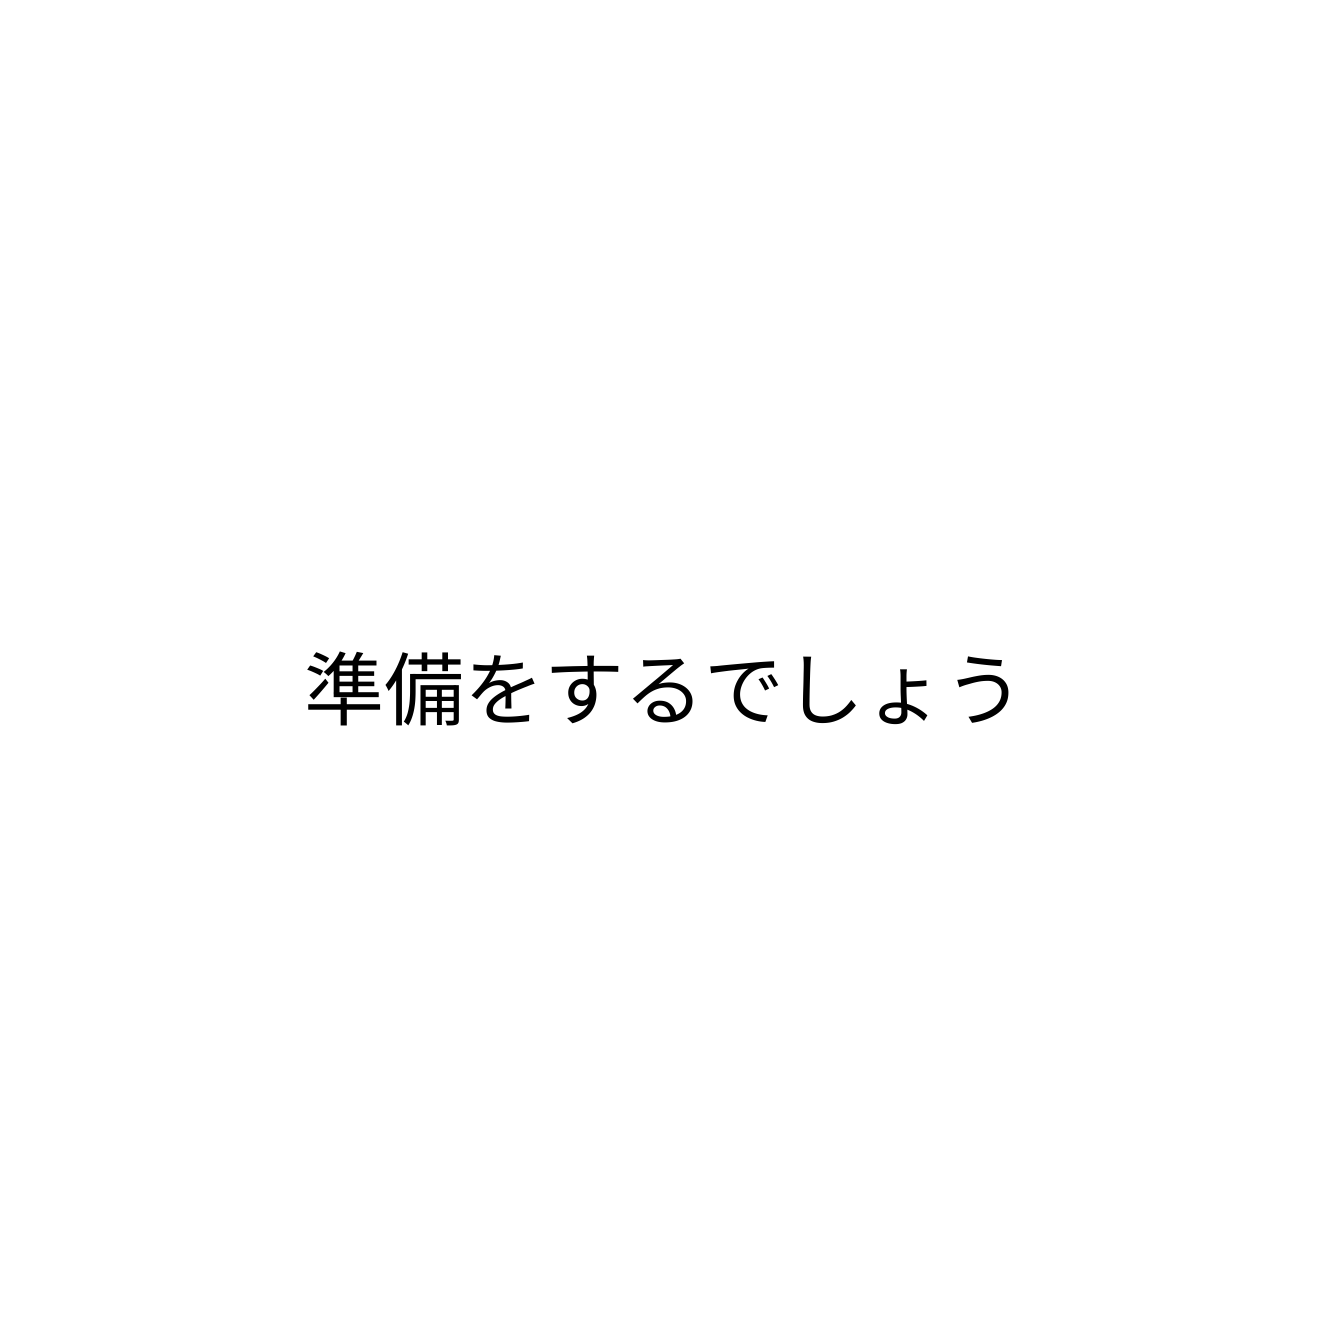
準備をするでしょう